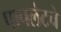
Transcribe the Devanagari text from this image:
पापलेटचे